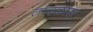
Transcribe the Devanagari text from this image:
तांदळास